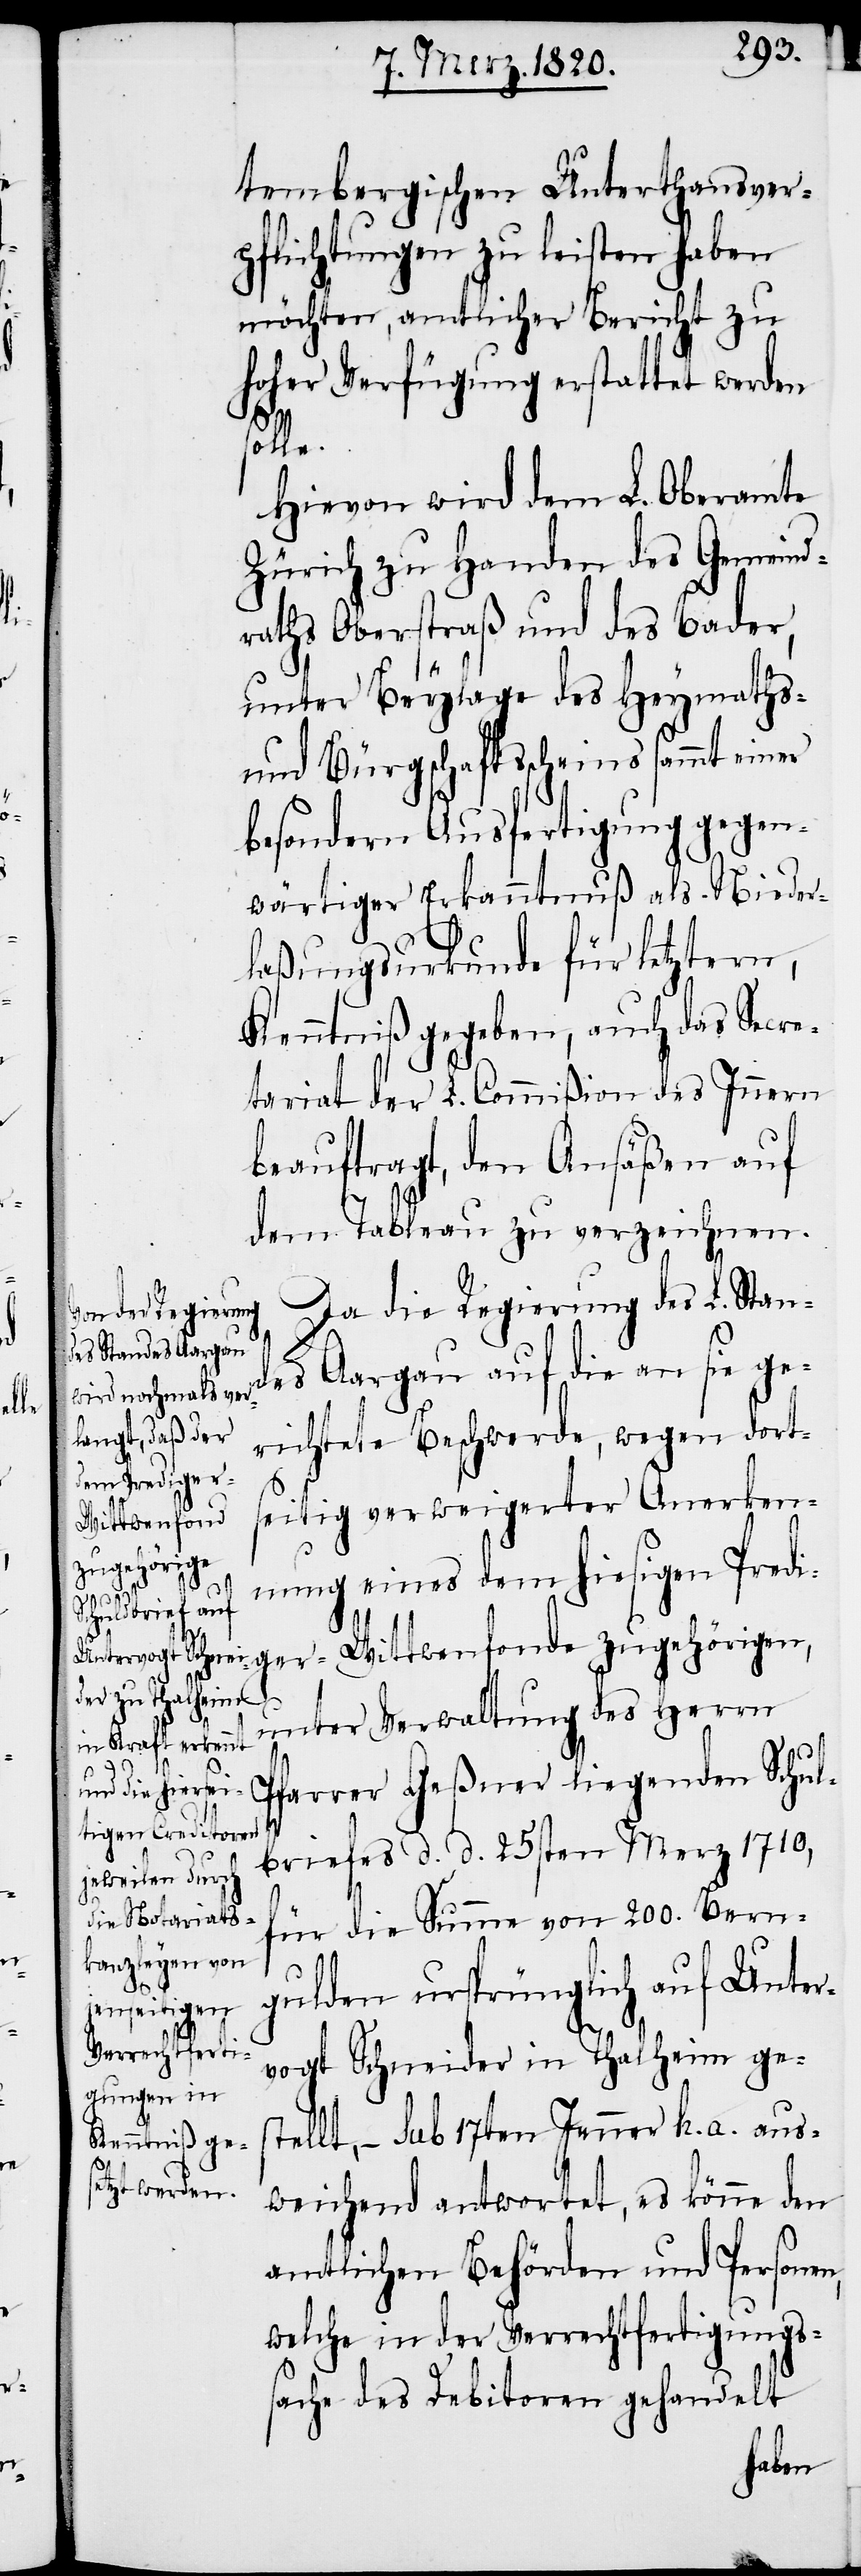
tembergischen Unterthansver¬
pflichtungen zu leisten haben
möchten, amtlicher Bericht zu
hoher Verfügung erstattet werden
l[d]b¬
Hievon wird dem L. Oberamte
Zürich zu Handen des Gemeind¬
raths Oberstraß und des Bader,
unter Beylage des Heymaths-
und Bürgschaftsscheins sammt einer
besondern Ausfertigung gegen¬
wärtiger Erkanntnuß als Nieder¬
laßungsurkunde für letztern,
Kenntniß gegeben, auch das Secre¬
tariat der L. Commißion des Innern
beauftragt, den Ansäßen auf
dem Tableau zu verzeichnen.
Da die Regierung des L. Stan¬
des Aargau auf die an sie ge¬
richtete Beschwerde, wegen dort¬
seitig verweigerter Anerken¬
nung eines dem hiesigen Predi¬
ger-Wittwenfonde zugehörigen,
unter Verwaltung des Herrn
Pfarrer Geßner liegenden Schu¬
riefes d. d. 25sten Merz 1710,
für die Summe von 200. Bern¬
gulden ursprünglich auf Unter¬
vogt Schneider in Thalheim ge¬
stellt, − sub 17ten Jenner h. a. aus¬
weichend antwortet, es könne den
amtlichen Behörden und Personen,
welche in der Verrechtfertigungs¬
sache des Debitoren gehandelt